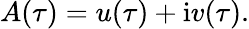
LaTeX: A(\tau)=u(\tau)+\mathrm{i}v(\tau).